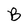
Character: B